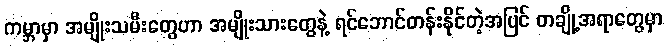
ကမ္ဘာမှာ အမျိုးသမီးတွေဟာ အမျိုးသားတွေနဲ့ ရင်ဘောင်တန်းနိုင်တဲ့အပြင် တချို့အရာတွေမှာ